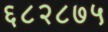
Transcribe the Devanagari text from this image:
६८२८७५